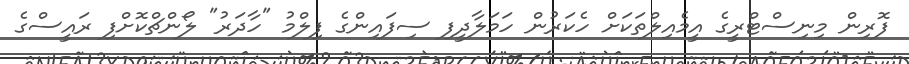
ފޮރިން މިނިސްޓްރީގެ އީމެއިލްތަކަށް ހެކަރުން ހަމަލާދީފި ސިފައިންގެ ފިލްމު "ހާދަރު" ލޯންޗްކޮށްފި ރައީސްގެ